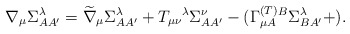
\begin{align*}\nabla _{\mu }\Sigma _{AA^{\prime }}^{\lambda }=\widetilde{\nabla }_{\mu}\Sigma _{AA^{\prime }}^{\lambda }+T_{\mu \nu }{}^{\lambda }\Sigma_{AA^{\prime }}^{\nu }-(\Gamma _{\mu A}^{{\footnotesize (T)}}{}^{B}\Sigma_{BA^{\prime }}^{\lambda }+). \end{align*}